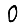
Digit: 0